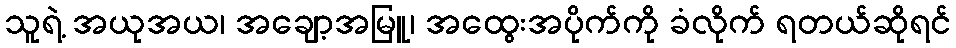
သူရဲ့ အယုအယ၊ အချော့အမြူ၊ အထွေးအပိုက်ကို ခံလိုက် ရတယ်ဆိုရင်